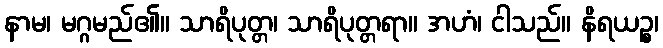
နာမ၊ မဂ္ဂမည်၏။ သာရိပုတ္တ၊ သာရိပုတ္တရာ။ အဟံ၊ ငါသည်။ နိရယဉ္စ၊